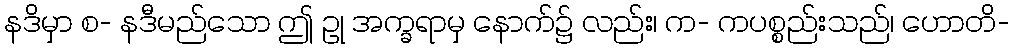
နဒိမှာ စ- နဒီမည်သော ဤ ဥု အက္ခရာမှ နောက်၌ လည်း၊ က- ကပစ္စည်းသည်၊ ဟောတိ-